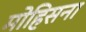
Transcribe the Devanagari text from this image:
मोहिसना